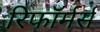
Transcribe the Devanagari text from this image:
रिफॉर्मर्स